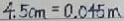
4 . 5 c m = 0 . 0 4 5 m